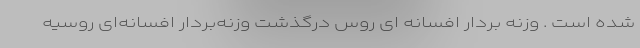
شده است . وزنه بردار افسانه ای روس درگذشت وزنه‌بردار افسانه‌ای روسیه